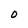
Character: 0